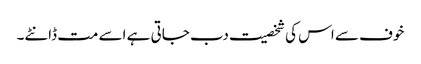
خوف سے اس کی شخصیت دب جاتی ہے اسے مت ڈانٹے۔